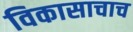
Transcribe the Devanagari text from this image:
विकासाचाच